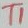
Text: TI